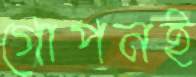
গোপনই